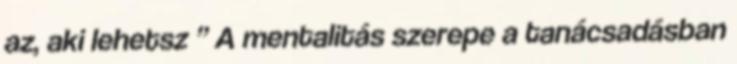
az, aki lehetsz ” A mentalitás szerepe a tanácsadásban